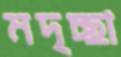
মদৃচ্ছা